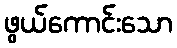
ဖွယ်ကောင်းသော